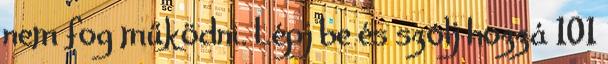
nem fog működni. Lépj be és szólj hozzá 101